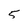
Character: 5